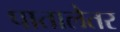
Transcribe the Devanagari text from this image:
पातालेतर